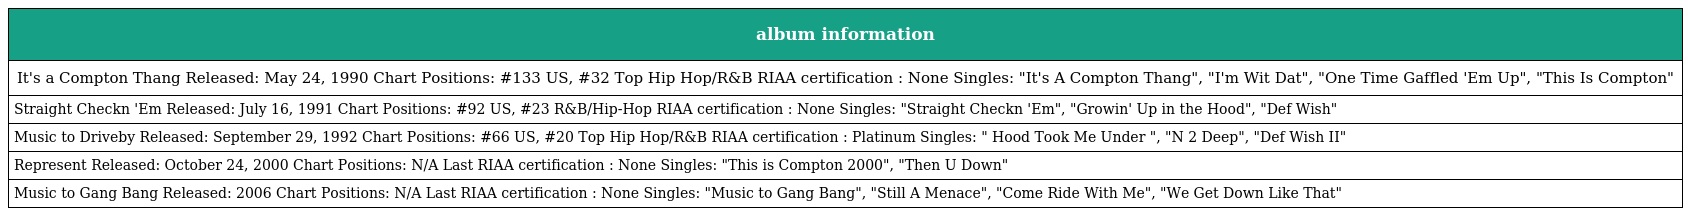
| album information |
 | --- |
 | It's a Compton Thang Released: May 24, 1990 Chart Positions: #133 US, #32 Top Hip Hop/R&B RIAA certification : None Singles: "It's A Compton Thang", "I'm Wit Dat", "One Time Gaffled 'Em Up", "This Is Compton" |
 | Straight Checkn 'Em Released: July 16, 1991 Chart Positions: #92 US, #23 R&B/Hip-Hop RIAA certification : None Singles: "Straight Checkn 'Em", "Growin' Up in the Hood", "Def Wish" |
 | Music to Driveby Released: September 29, 1992 Chart Positions: #66 US, #20 Top Hip Hop/R&B RIAA certification : Platinum Singles: " Hood Took Me Under ", "N 2 Deep", "Def Wish II" |
 | Represent Released: October 24, 2000 Chart Positions: N/A Last RIAA certification : None Singles: "This is Compton 2000", "Then U Down" |
 | Music to Gang Bang Released: 2006 Chart Positions: N/A Last RIAA certification : None Singles: "Music to Gang Bang", "Still A Menace", "Come Ride With Me", "We Get Down Like That" |